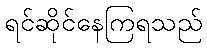
ရင်ဆိုင်နေကြရသည်